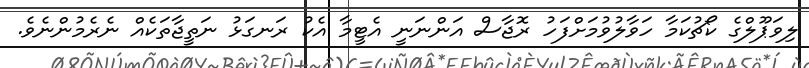
ލިވަޕޫލްގެ ކޯޗުކަމާ ހަވާލުވުމަށްފަހު ރޮޖާސް އަންނަނީ އެޓީމާ އެކު ރަނގަޅު ނަތީޖާތަކެއް ނެރެމުންނެވެ.